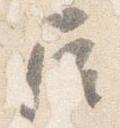
屋